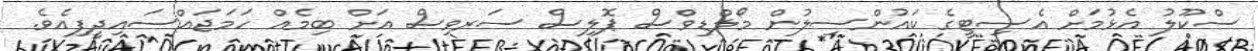
ސްކޫލު އެޅުމަށް އެސިޓީގެ ކައުންސިލުން މޯލްޑިވްސް ޕޮލިސް ސަރވިސް އަށް ބިމެއް ހަމަޖައްސައިދީފިއެވެ.